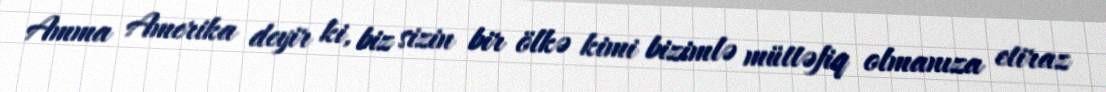
Amma Amerika deyir ki, biz sizin bir ölkə kimi bizimlə müttəfiq olmanıza etiraz